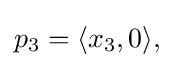
{\textstyle p_{3}=\langle x_{3},0\rangle ,}